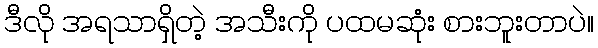
ဒီလို အရသာရှိတဲ့ အသီးကို ပထမဆုံး စားဘူးတာပဲ။